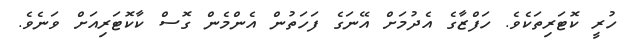
ހުރީ ކޮޓަރިތަކެވެ. ހަފްޒާގެ އެދުމަށް އޭނަގެ ފަހަތުން އެންމެން ގޮސް ކާކޮޓަރިއަށް ވަނެވެ.